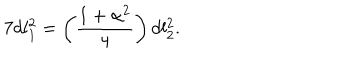
LaTeX: 7 d l _ { 1 } ^ { 2 } = \left( \frac { 1 + \alpha ^ { 2 } } { 4 } \right) d l _ { 2 } ^ { 2 } .